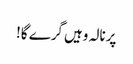
پرنالہ وہیں گرے گا!